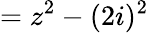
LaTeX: =z^{2}-(2i)^{2}